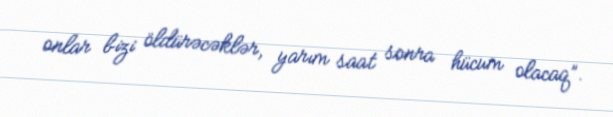
onlar bizi öldürəcəklər, yarım saat sonra hücum olacaq”.